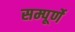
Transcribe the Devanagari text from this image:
सम्पूर्णे